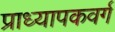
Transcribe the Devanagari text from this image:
प्राध्यापकवर्ग